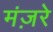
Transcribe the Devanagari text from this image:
मंज़रे